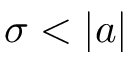
\sigma < | a |